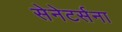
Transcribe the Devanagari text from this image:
सेनेटर्सना